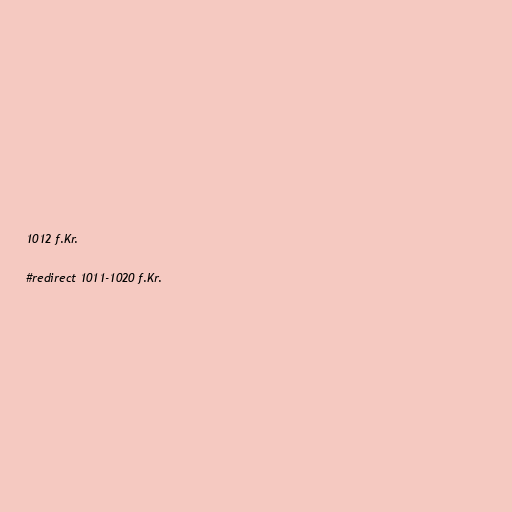
1012 f.Kr.

#redirect 1011-1020 f.Kr.